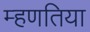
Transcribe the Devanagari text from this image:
म्हणतिया